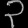
Digit: ၃